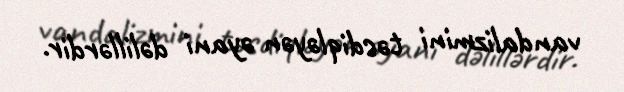
vandalizmini təsdiqləyən əyani dəlillərdir.